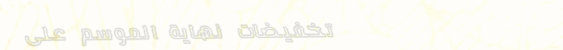
تخفيضات نهاية الموسم على